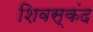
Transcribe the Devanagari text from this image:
शिवस्कंद